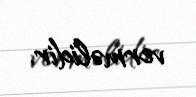
verməlidir.